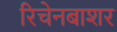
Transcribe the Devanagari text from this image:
रिचेनबाशर